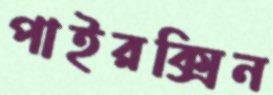
পাইরক্সিন